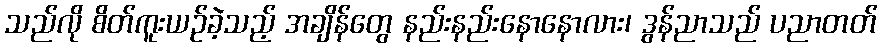
သည်လို စိတ်ကူးယဉ်ခဲ့သည့် အချိန်တွေ နည်းနည်းနောနောလား၊ ဒွန်ညာသည် ပညာတတ်